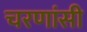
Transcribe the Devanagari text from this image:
चरणांसी